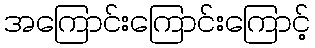
အကြောင်းကြောင်းကြောင့်